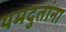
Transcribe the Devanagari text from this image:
यमदुतांना